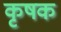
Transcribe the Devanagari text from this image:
कृषक